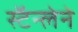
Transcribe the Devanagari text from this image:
स्टॅन्लेने